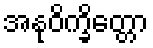
အနုဝိက္ခိတ္တော